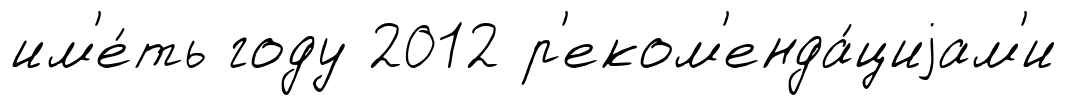
им'е́ть году 2012 р'еком'енда́циjам'и